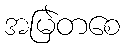
အမြဲတစေ